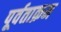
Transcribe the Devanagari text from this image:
पूर्वताक्रम